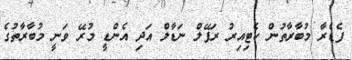
ފެޑެރާ މުބާރާތުން ކެޓިއިރު ރަފޭލް ނަޑާލް އަދި އެންޑީ މުރޭ ވަނީ މުބާރާތުގެ